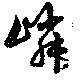
嶙